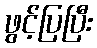
ဖွင့်ပြပြီး